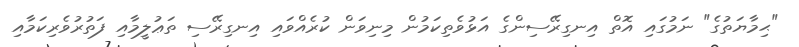
"ޙިމާޔަތުގެ" ނަމުގައި އޮތް އިނގިރޭސިންގެ އަޅުވެތިކަމުން މިނިވަން ކުރެއްވައި އިނގިރޭސި ތަޢުލީމާއި ފަތުރުވެރިކަމާއި